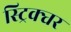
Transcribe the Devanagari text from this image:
स्ट्रिक्चर